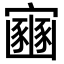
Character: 𫴠